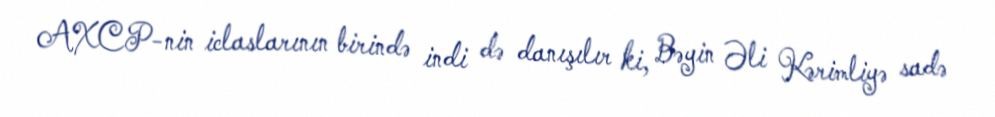
AXCP-nin iclaslarının birində indi də danışılır ki, Bəyin Əli Kərimliyə sadə